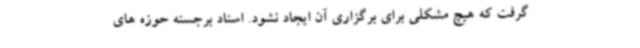
گرفت که هیچ مشکلی برای برگزاری آن ایجاد نشود. استاد برجسته حوزه های